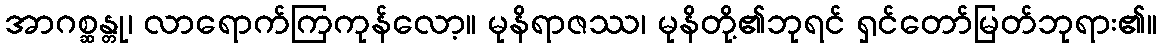
အာဂစ္ဆန္တု၊ လာရောက်ကြကုန်လော့။ မုနိရာဇဿ၊ မုနိတို့၏ဘုရင် ရှင်တော်မြတ်ဘုရား၏။